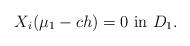
LaTeX: \begin{align*}X_i(\mu_1-ch)=0 \mbox{ in }D_{1}.\end{align*}